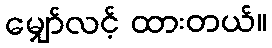
မျှော်လင့် ထားတယ်။